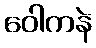
ဝေါကနဲ